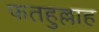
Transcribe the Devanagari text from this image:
फतहुल्लाह